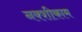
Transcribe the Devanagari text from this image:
नक्शीकाम